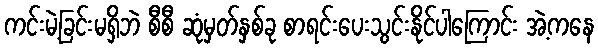
ကင်းမဲ့ခြင်းမရှိဘဲ စီစီ ဆုံမှတ်နှစ်ခု စာရင်းပေးသွင်းနိုင်ပါကြောင်း အဲ့ကနေ